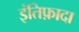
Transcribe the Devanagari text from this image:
इंतिफ़ादा